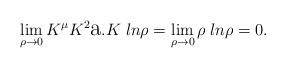
LaTeX: \begin{align*}\lim_{\rho\to0}K^{\mu}K^{2}\hbox{\Large a}.K\;ln\rho= \lim_{\rho\to0}\rho\;ln\rho=0.\end{align*}